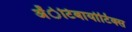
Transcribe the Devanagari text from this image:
अँेटिबायोटिक्स